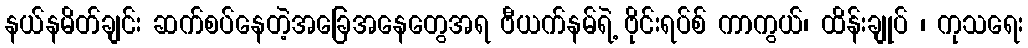
နယ်နမိတ်ချင်း ဆက်စပ်နေတဲ့အခြေအနေတွေအရ ဗီယက်နမ်ရဲ့ ဗိုင်းရပ်စ် ကာကွယ်၊ ထိန်းချုပ် ၊ ကုသရေး